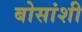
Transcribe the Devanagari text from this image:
बोसांशी